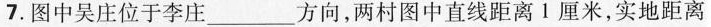
7.图中吴庄位于李庄___方向，两村图中直线距离 1 厘米，实地距离